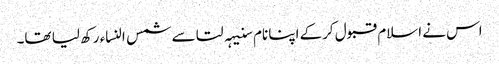
اس نے اسلام قبول کرکے اپنا نام سنیہہ لتا سے شمس النساء رکھ لیا تھا۔